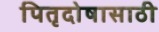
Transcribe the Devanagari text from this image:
पितृदोषासाठी